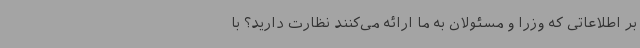
بر اطلاعاتی که وزرا و مسئولان به ما ارائه می‌کنند نظارت دارید؟ با